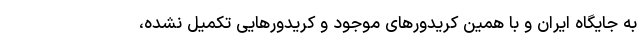
به جایگاه ایران و با همین کریدورهای موجود و کریدورهایی تکمیل نشده،